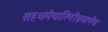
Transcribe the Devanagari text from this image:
सहधर्मचारिणीप्रमाणेच